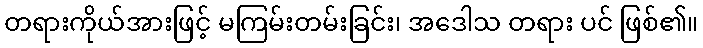
တရားကိုယ်အားဖြင့် မကြမ်းတမ်းခြင်း၊ အဒေါသ တရား ပင် ဖြစ်၏။